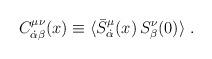
LaTeX: \begin{align*}C^{\mu\nu}_{\dot{\alpha}\beta}(x)\equiv\langle \bar{S}^{\mu}_{\dot{\alpha}} (x) \, S^{\nu}_{\beta}(0)\rangle \ .\end{align*}